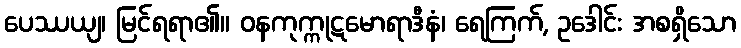
ပေဿယျ၊ မြင်ရရာ၏။ ဝနကုက္ကုဋမောရာဒီနံ၊ ရေကြက်, ဥဒေါင်း အစရှိသော